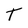
Character: T